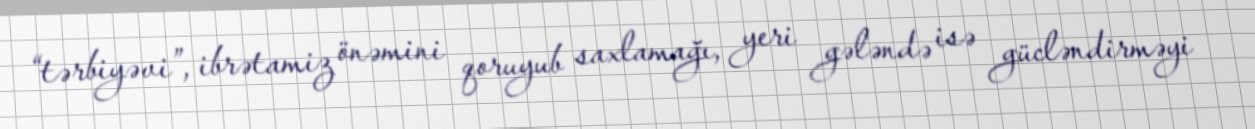
“tərbiyəvi”, ibrətamiz önəmini qoruyub saxlamağı, yeri gələndə isə gücləndirməyi